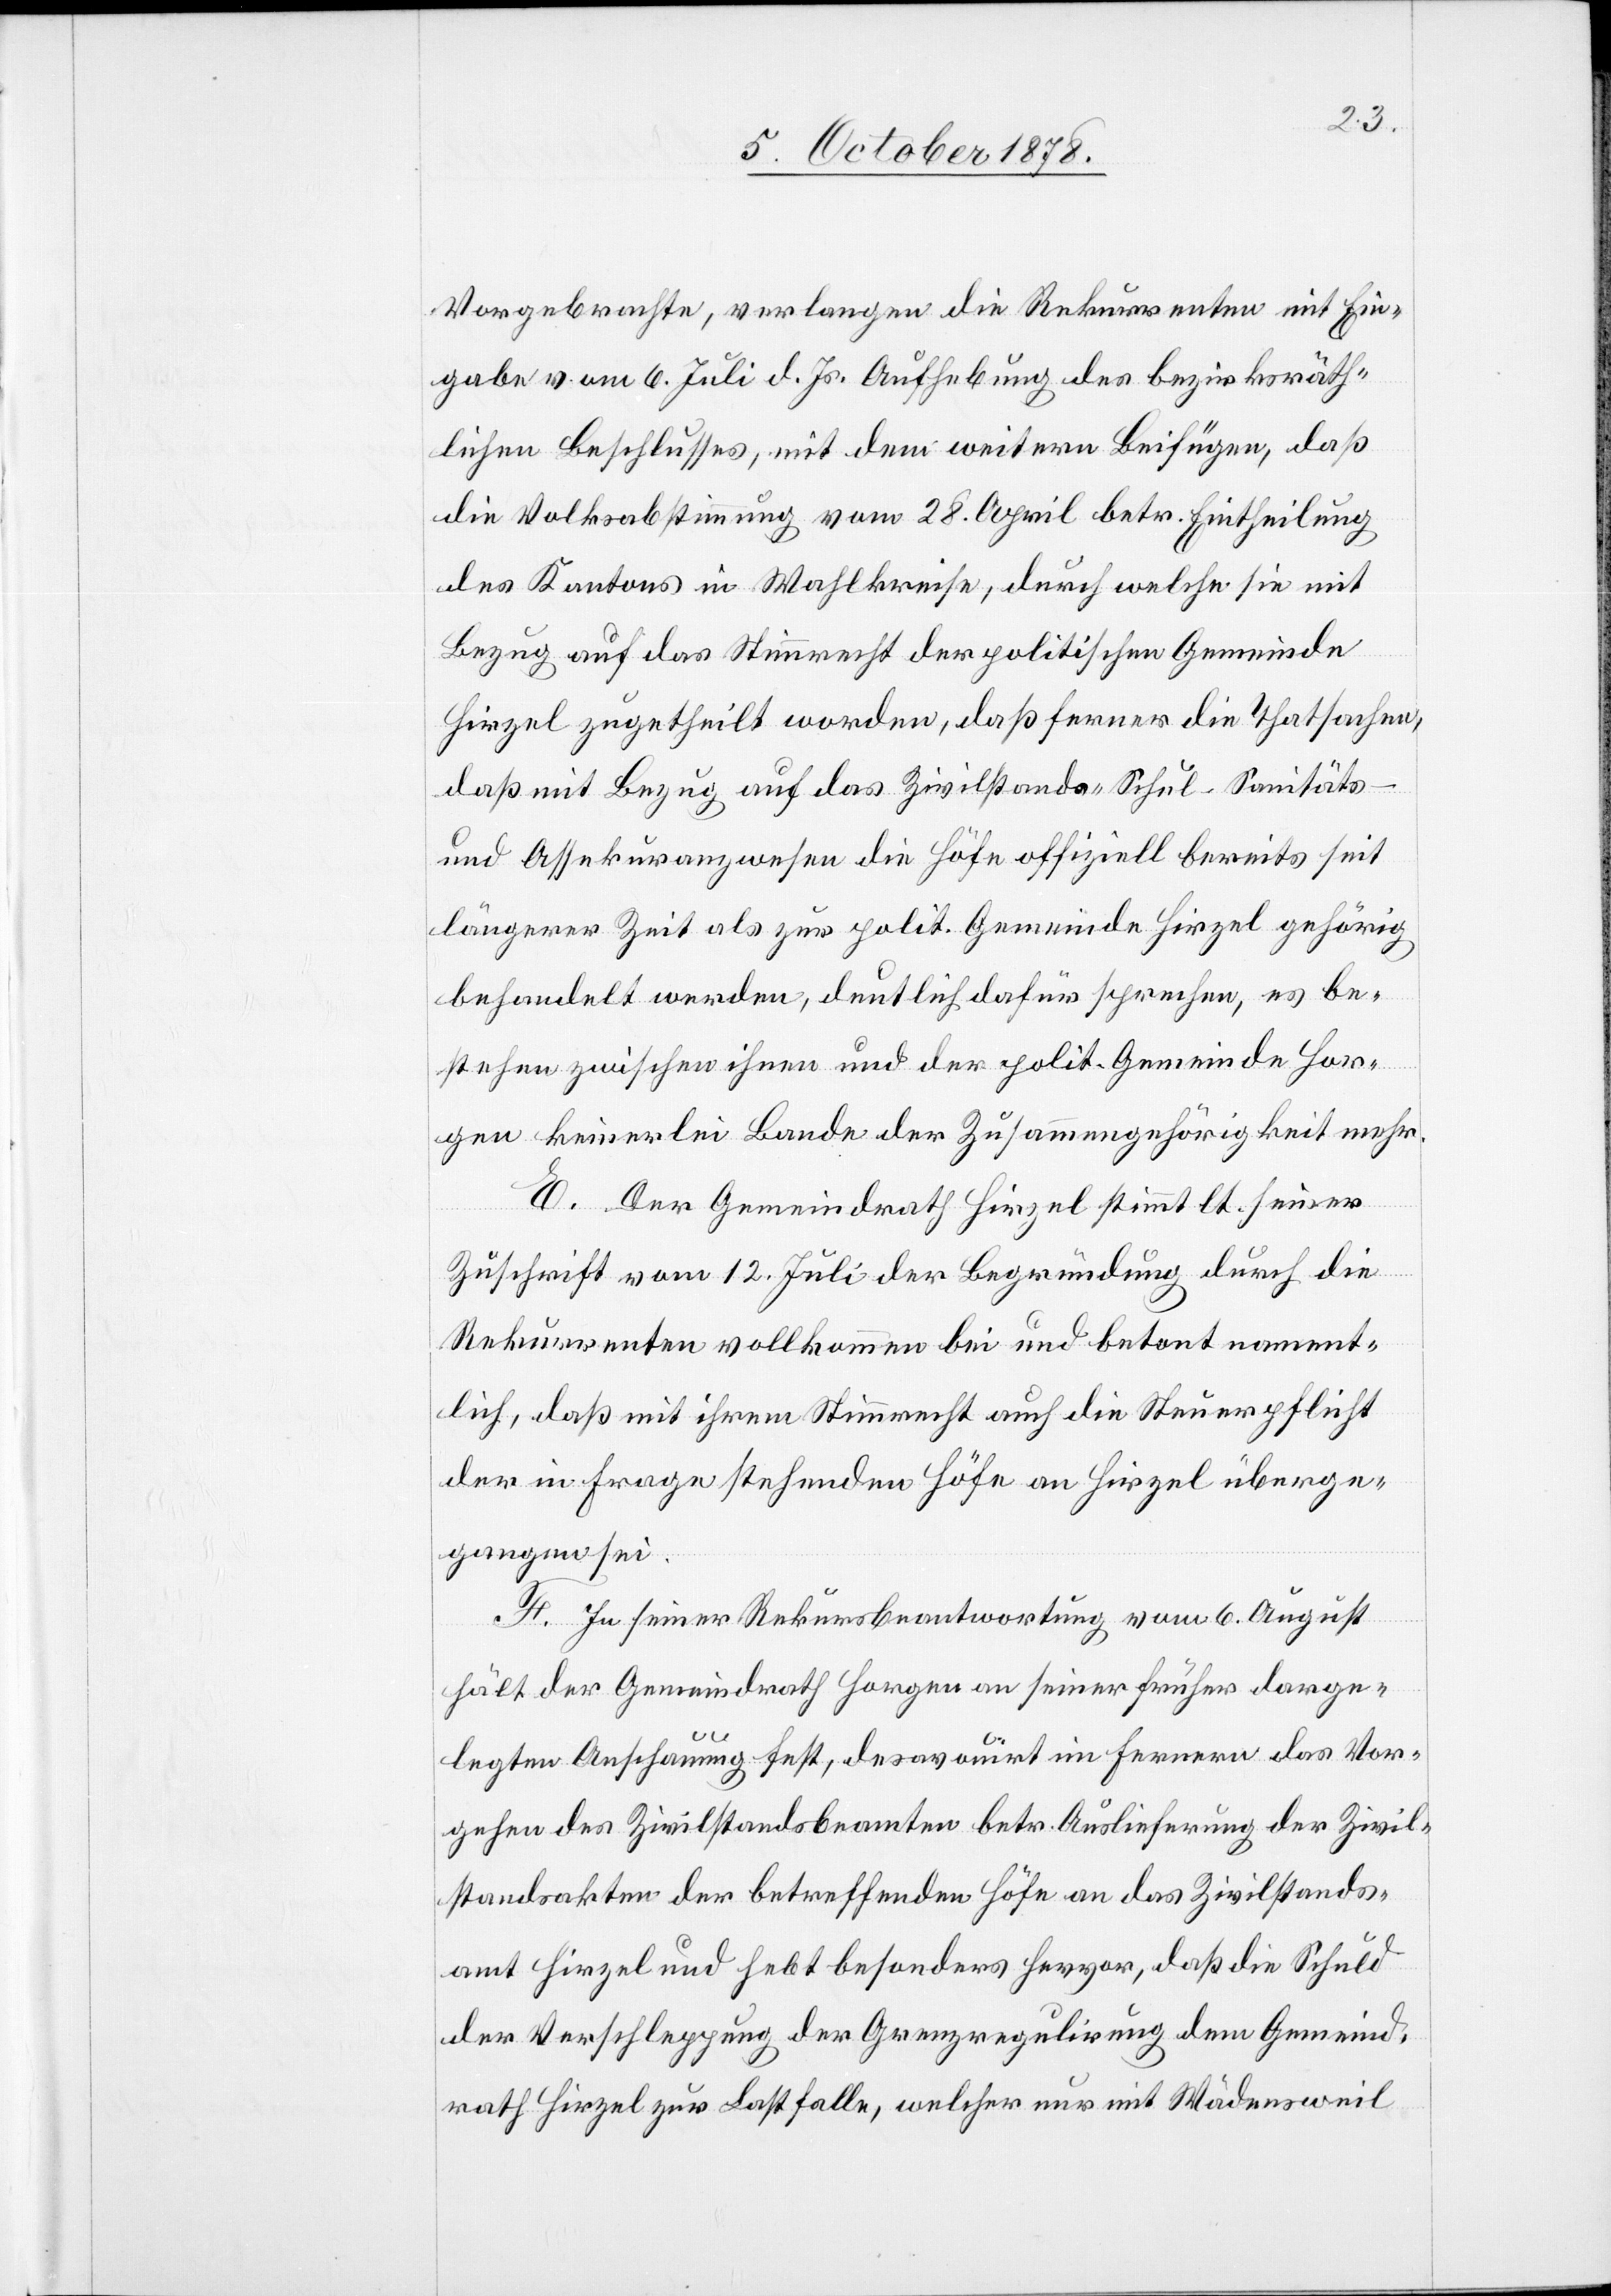
Vorgebrachte, verlangen die Rekurrenten mit Ein¬
gabe vom 6. Juli d. Js. Aufhebung des bezirksräth¬
lichen Beschlusses, mit dem weitern Beifügen, daß
die Volksabstimmung vom 28. April betr. Eintheilung
des Kantons in Wahlkreise, durch welche sie mit
Bezug auf das Stimmrecht der politischen Gemeinde
Hirzel zugetheilt worden, daß ferner die Thatsachen,
daß mit Bezug auf das Zivilstands-, Schul-, Sanitäts-
und Assekuranzwesen die Höfe offiziell bereits seit
längerer Zeit als zur polit. Gemeinde Hirzel gehörig
behandelt werden, deutlich dafür sprechen, es be¬
stehen zwischen ihnen und der polit. Gemeinde Hor¬
gen keinerlei Bande der Zusammengehörigkeit mehr.
E. Der Gemeindrath Hirzel stimmt lt. seiner
Zuschrift vom 12. Juli der Begründung durch die
Rekurrenten vollkommen bei und betont nament¬
lich, daß mit ihrem Stimmrecht auch die Steuerpflicht
der in Frage stehenden Höfe an Hirzel überge¬
gangen sei.
F. In seiner Rekursbeantowrtung vom 6. August
hält der Gemeindrath Horgen an seiner früher darge¬
legten Anschauung fest, desavouirt im Fernern das Vor¬
gehend des Zivilstandsbeamten betr. Auslieferung der Zivil¬
standsakten der betreffenden Höfe an das Zivilstands¬
amt Hirzel und hebt besonders hervor, daß die Schuld
der Verschleppung der Grenzregulirung dem Gemeind¬
rath Hirzel zur Last falle, welcher nur mit Wädensweil